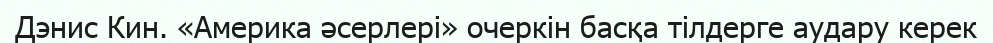
Дэнис Кин. «Америка әсерлері» очеркін басқа тілдерге аудару керек